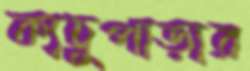
ক্যচুপাড়ার